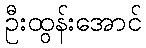
ဦးထွန်းအောင်